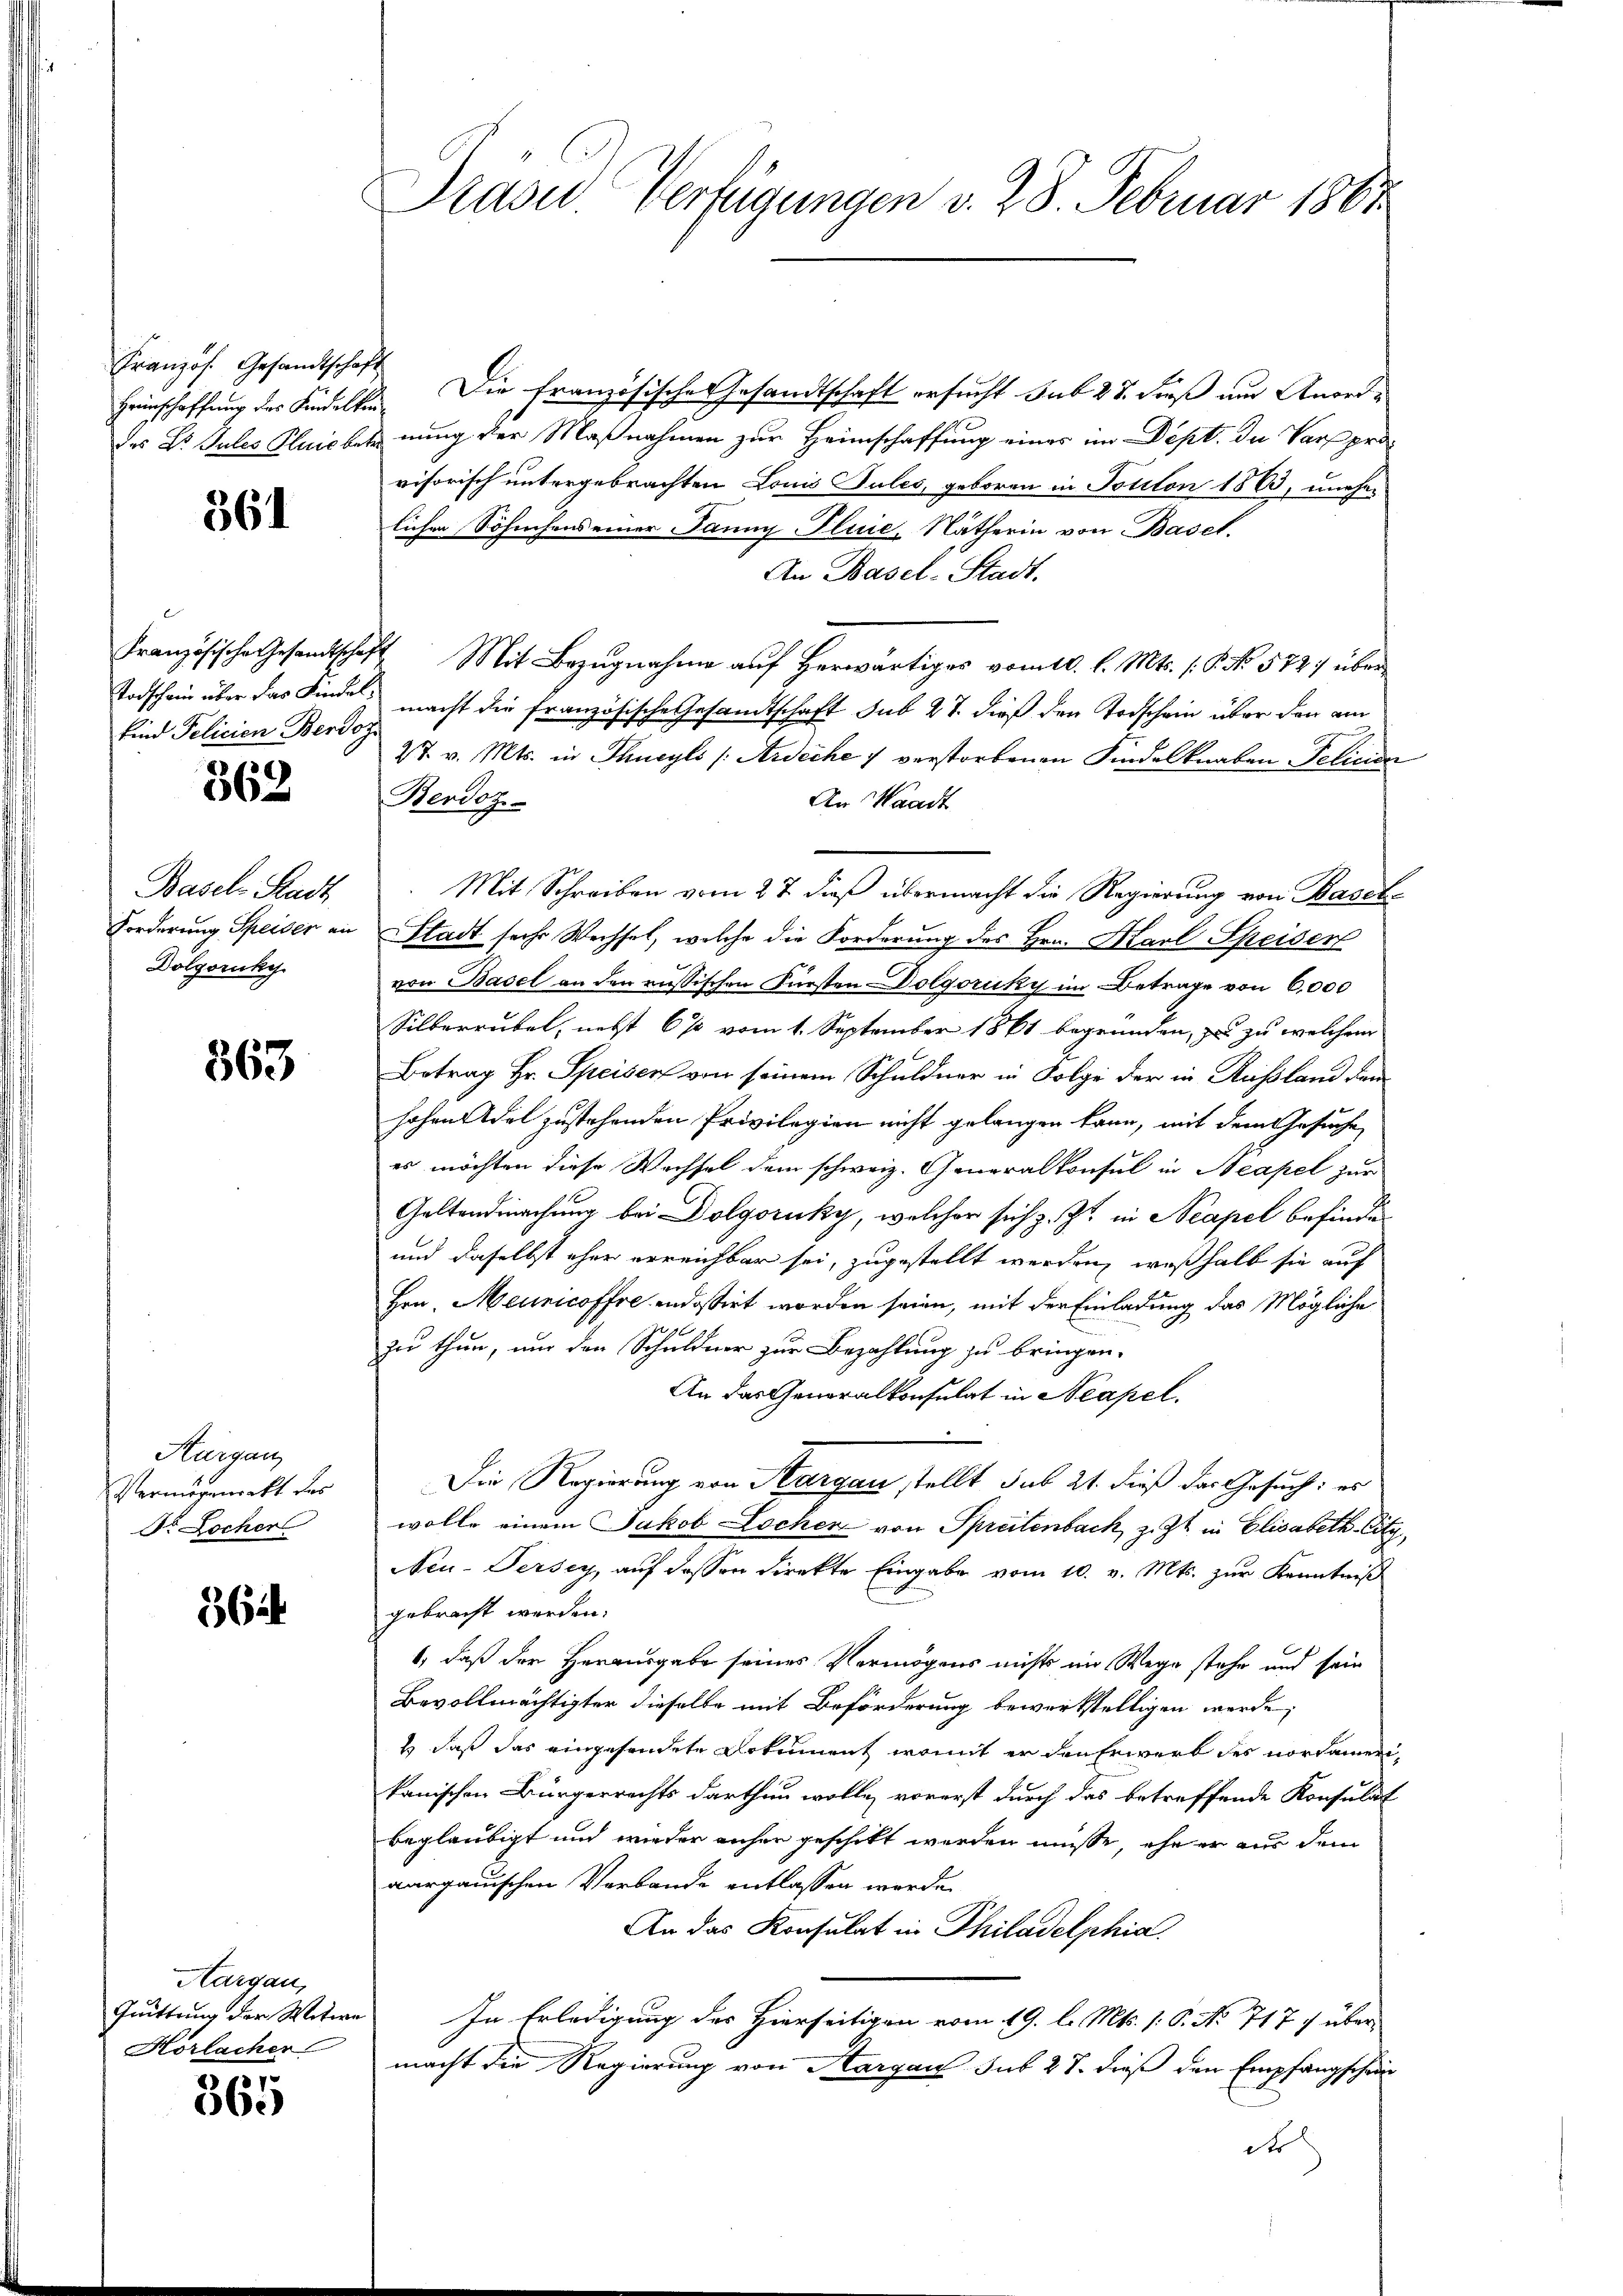
Französ. Gesandtschaft

361

E
Todschein über das Kindelsind Policien Berdoz

362

Basel-Stadt
Dolgoruky

363

Thurgau,
Vermögemerkt des
Dr Locher

362

Aargau,
Quittung der Witwe
Horlacher

365

Präsid.. Verfügungen v. 28. Februar 1867

Heimschaffung des Kindelten. Die französische Gesandtschaft ersucht sub 28. dieß um Anordes Dr. Jules Plaicbeknung der Maßnahmen zur Heimschaffung eines im Dept. In Vorsprovisorisch untergebrachten Louis Tules, geboren in Politon 1863, unehelichen Söhnchens einer Janny Iluie, Nätherin von Basel.
An Basel-Stadt.
Französische Gesandtschaft Mit Bezugnahme auf Herwärtiges vom 10. l. Mts. 15. No. 572) über
macht die französische Gesandtschaft sub 27. dieß den Todschein über den am
27. v. Mts. in Thueyls (Ardecke 7 verstorbenen Kindelknaben Felinde
Berdoz
An Waadt
Mit Schreiben vom 27. dieß übermacht die Regierung von Basel-
Forderung Speiser an Stadt sechs Wechsel, welche die Forderung des Hrn. Karl Speiser
von Basel an den russischen Fürsten Dolgoruky im Betrage von 6,000
Silberrubel, nebst 6% vom 1. September 1861 begründen, zu zu welchem
Betrag Hr. Speisen von seinem Schuldner in Folge der in Russland den
hohen Adel zustehenden Privilegion nicht gelangen kann, mit dem Gesuche
es möchten diese Wechsel dem schweiz. Generalkonsul in Neapel zur
Galtendmachung bei Dolgoruky, welcher sich z. Zt. in Neapel befinde
und daselbst eher erreichbar sei, zugestellt werden, weßhalb sie auf
Hrn. Meuricoffre indossirt worden seien, mit der Einladung das Mögliche
zu thun, um den Schuldner zur Bezahlung zu bringen.
An das Generalkonsulat in Neapel.
Die Regierung von Margau stellt sub 21. dieß das Gesuch: es
wolle einem Jakob Lochen von Spreitenbach, z. Zt. in Elisabeth-City
Neu-Persey, aŭf dessen Direkte Eingabe vom 10. v. Mts. zŭr Kenntniß
gebracht werden.
1, daß der Herausgabe seines Vermögens nichts im Wege stehe und sein
Bevollmächtigter dieselbe mit Beförderung bewerkstelligen werde;
 daß das eingesendete Dokument, womit er den Erwerb des vorsammen,
kanischen Bürgerrechts darthun wolle, vorerst durch das betreffende Konsulat
beglaubigt und wieder anher geschikt werden müsse, ehe er aus dem
aargauischen Verbande entlassen werde.
An das Konsulat in Philadelphia
In Erledigung des Hierseitigen vom 19. l. Mts. /: P. No 717 f übermacht die Regierung von Aargau sub 27. dieß den Empfangscha
d